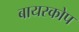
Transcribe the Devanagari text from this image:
बायस्कोप